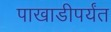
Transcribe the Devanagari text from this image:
पाखाडीपर्यंत